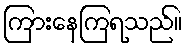
ကြားနေကြရသည်။